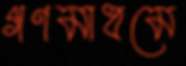
গণমাধমে